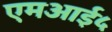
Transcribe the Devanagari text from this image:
एमआई५